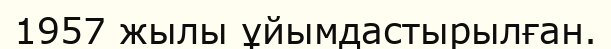
1957 жылы ұйымдастырылған.